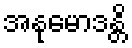
အနုမောဒန္တိ